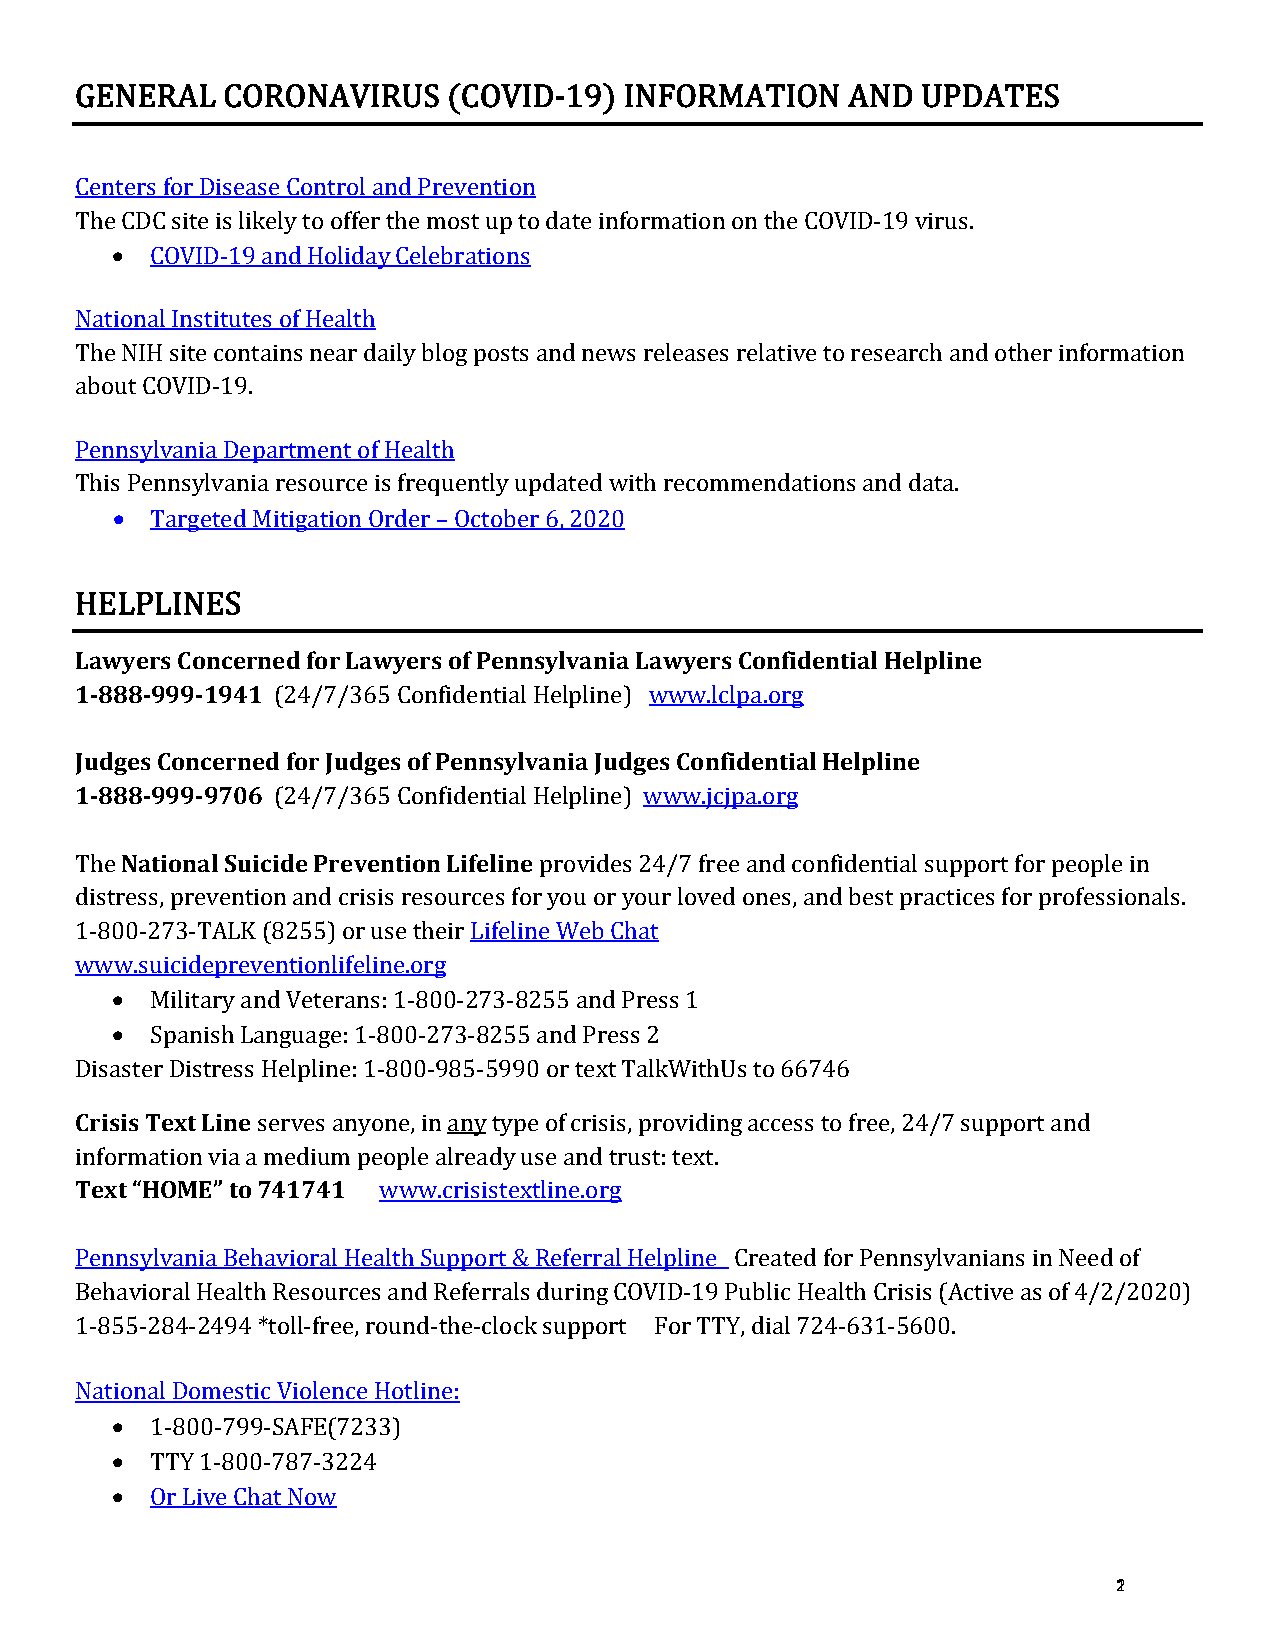
GENERAL   CORONAVIRUS    (COVID-19) INFORMATION    AND  UPDATES
 Centers for Disease Control and Prevention
 •
 The CDC site is likely to offer the most up to date information on the COVID-19 virus.
 COVID-19 and Holiday Celebrations
 National Institutes of Health
 The NIH site contains near daily blog posts and news releases relative to research and other information
 about COVID-19.
 Pennsylvania Department of Health
 •
 This Pennsylvania resource is frequently updated with recommendations and data.
 Targeted Mitigation Order – October 6, 2020
 Lawyers Concerned for Lawyers of Pennsylvania Lawyers Confidential Helpline
 HELPLINES
 1-888-999-1941
 (24/7/365 Confidential Helpline) www.lclpa.org
 Judges Concerned for Judges of Pennsylvania Judges Confidential Helpline
 1-888-999-9706
 (24/7/365 Confidential Helpline) www.jcjpa.org
 National Suicide Prevention Lifeline
 The                            provides 24/7 free and confidential support for people in
 distress, prevention and crisis resources for you or your loved ones, and best practices for professionals.
 1-800-273-TALK (8255) or use their Lifeline Web Chat
 •
 www.suicidepreventionlifeline.org
 •
 Military and Veterans: 1-800-273-8255 and Press 1
 Spanish Language: 1-800-273-8255 and Press 2
 CDrisisaisst eTre Dxits Ltrienses Helpline: 1-800-985-5990 or text TalkWithUs to 66746
 serves anyone, in any type of crisis, providing access to free, 24/7 support and
 Text “HOME” to 741741
 information via a medium people already use and trust: text.
 www.crisistextline.org
 Pennsylvania Behavioral Health Support & Referral Helpline Created for Pennsylvanians in Need of
 Behavioral Health Resources and Referrals during COVID-19 Public Health Crisis (Active as of 4/2/2020)
 1-855-284-2494 *toll-free, round-the-clock support For TTY, dial 724-631-5600.
 •
 National Domestic Violence Hotline:
 •
 1-800-799-SAFE(7233)
 •
 TTY 1-800-787-3224
 Or Live Chat Now
 12